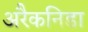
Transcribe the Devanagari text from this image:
अरैकनिडा